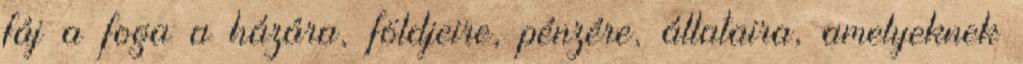
fáj a foga a házára, földjeire, pénzére, állataira, amelyeknek